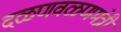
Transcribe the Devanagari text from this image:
दळणवळणमंत्री